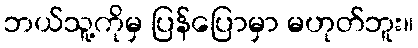
ဘယ်သူ့ကိုမှ ပြန်ပြောမှာ မဟုတ်ဘူး။